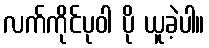
လက်ကိုင်ပုဝါ ပို ယူခဲ့ပါ။